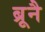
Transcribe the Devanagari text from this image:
ब्रूनै